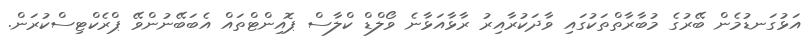
އަޅުގަނޑުމެން ބޭރުގެ މުބާރާތްތަކުގައި ވާދަކުރާއިރު ރާޅާއަޅާނެ ވޯލްޑް ކްލާސް ޕޮއިންޓްތައް އެބަބޭނުންވޭ ޕްރެކްޓިސްކުރަން.